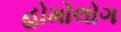
હોમોલોગ